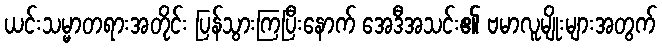
ယင်းသမ္မာတရားအတိုင်း ပြန်သွားကြပြီးနောက် အေဒီအသင်း၏ ဗမာလူမျိုးများအတွက်